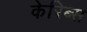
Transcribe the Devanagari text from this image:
केरिब्स